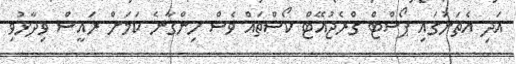
އަދި އެތަނުގައި ޕޯސްޓް ގްރެޖުއޭޓް ކޯސްތައް ވެސް ހިންގާނެ ކަމަށް ރައީސް ވިދާޅުވި